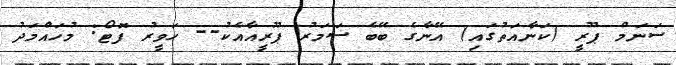
ސަނަމް ޕޫރީ (ކަނާއަތުގައި) އޭނާގެ ބޭބެ ސަމަރު ޕޫރީއާއެކު-- ހަވީރު ފޮޓޯ: މުހައްމަދު